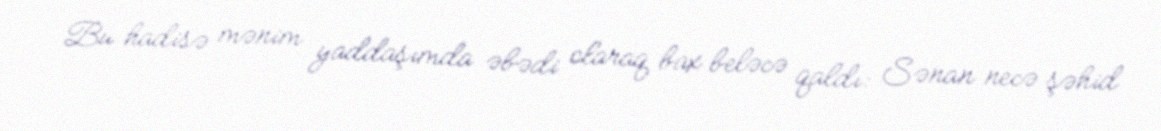
Bu hadisə mənim yaddaşımda əbədi olaraq bax beləcə qaldı: Sənan necə şəhid